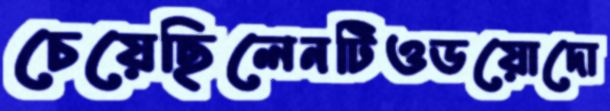
চেয়েছিলেনটিওডয়োদো